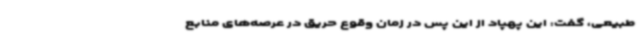
طبیعی، گفت: این پهپاد از این پس در زمان وقوع حریق در عرصه‌های منابع